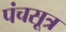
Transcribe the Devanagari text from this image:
पंचसूत्र